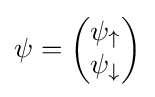
\psi ={\begin{pmatrix}\psi _{\uparrow }\\\psi _{\downarrow }\end{pmatrix}}